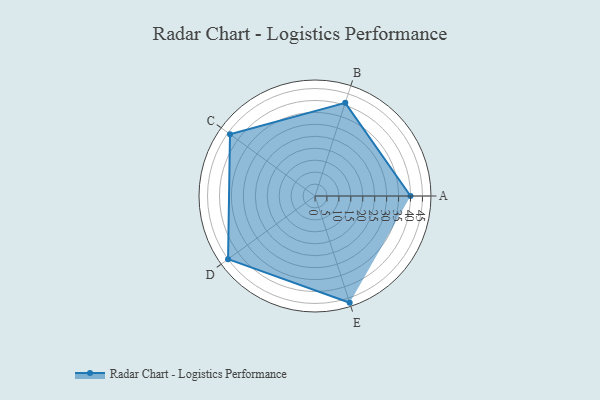
{"axis": {"x": "Skill", "y": "Score"}, "legend": ["Profile"], "data": [{"x": "A", "y": 40.0, "type": "Profile"}, {"x": "B", "y": 41.0, "type": "Profile"}, {"x": "C", "y": 44.0, "type": "Profile"}, {"x": "D", "y": 45.0, "type": "Profile"}, {"x": "E", "y": 47.0, "type": "Profile"}]}